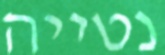
נטייה